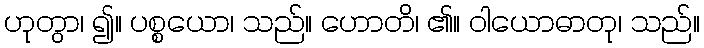
ဟုတွာ၊ ၍။ ပစ္စယော၊ သည်။ ဟောတိ၊ ၏။ ဝါယောဓာတု၊ သည်။